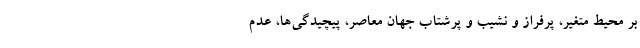
بر محیط متغیر، پرفراز و نشیب و پرشتاب جهان معاصر، پیچیدگی­ها، عدم